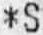
*S